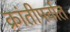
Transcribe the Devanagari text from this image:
क्रांतीपर्वात